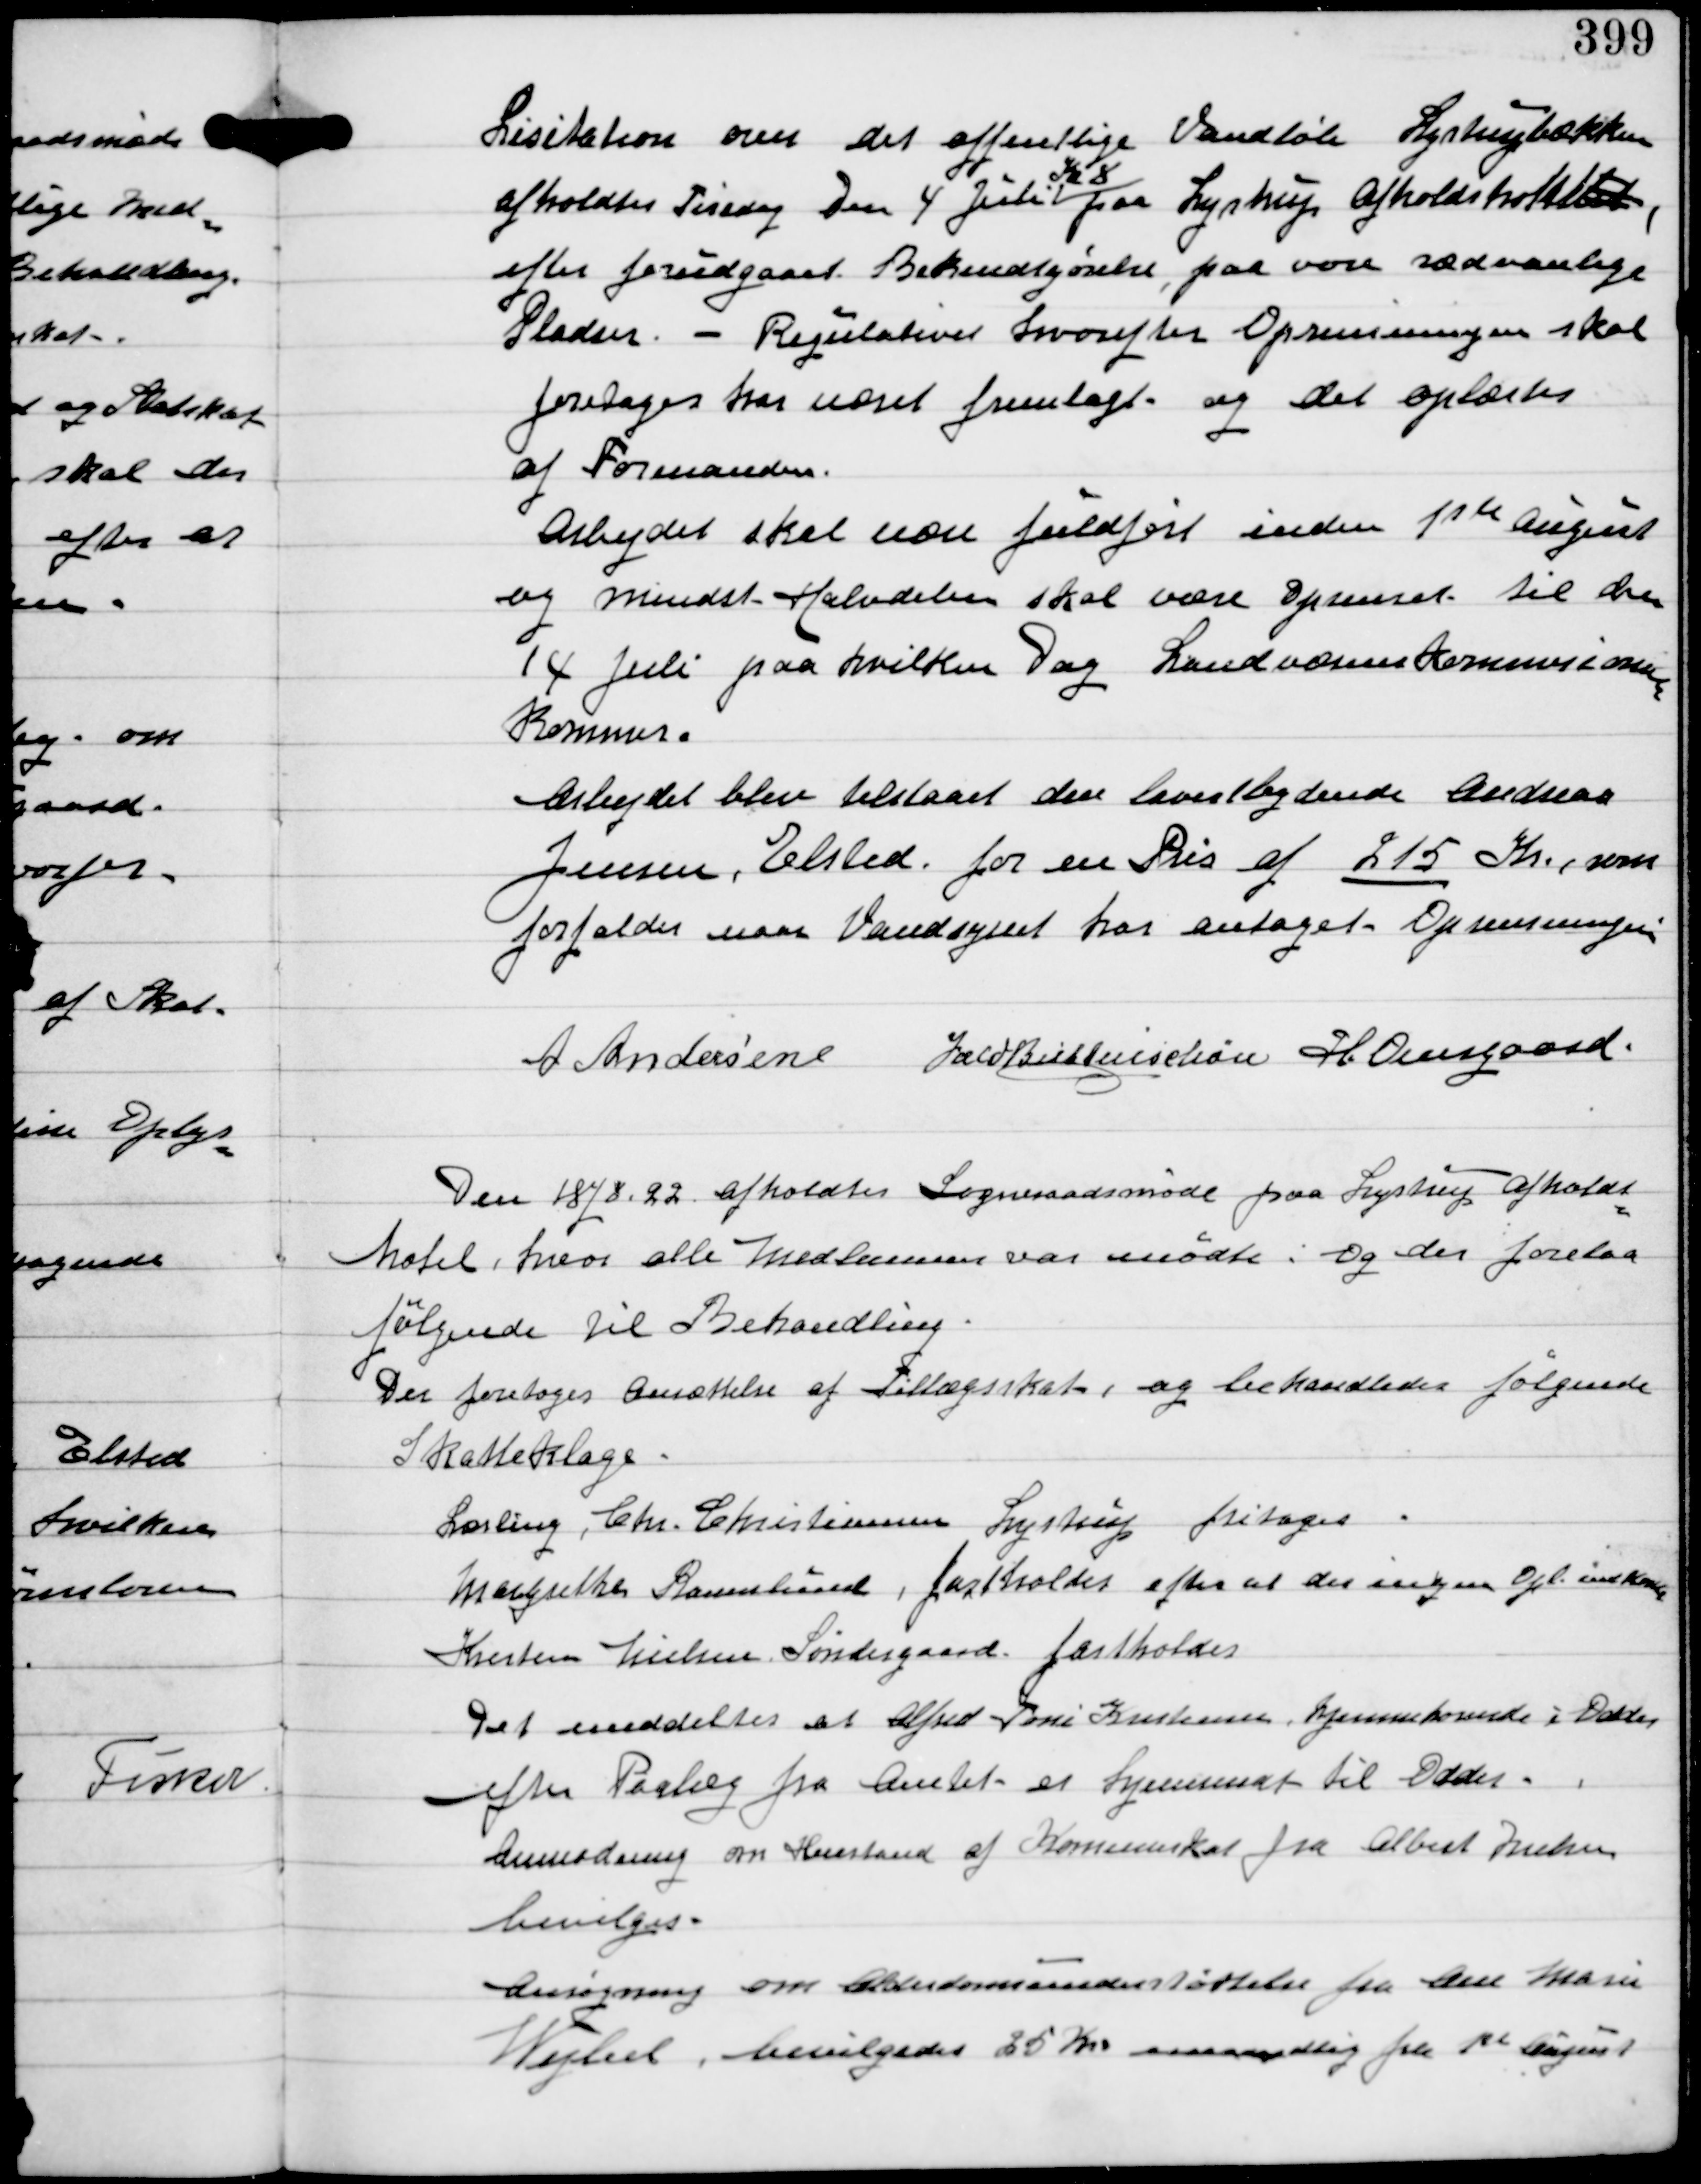
Transskription:
Licitation over det offentlige Vandløb Lystrupbækken
afholdes Tirsdag den 4 Juli
Kl 8
paa Lystrup Afholdshotel,
efter forudgaaet Bekendtgørelse, paa vore sædvanlige
Pladser. - Regulativer hvorefter Oprensningen skal
foretages har været fremlagt, og det oplæses
af Formanden.
Arbejdet skal være fuldført inden 1ste August
og mindst Halvdelen skal være oprenset til den
14 Juli paa hvilken Dag Landværnskommisionen
Kommer.
Arbejdet blev tilstaaet den lavestbydende Andreas
Jensen, Elsted for en Pris af 215 Kr, som
forfalder naar Vandsynet har antaget Oprensningen

A Andersen IFV Buttenschøn H. Overgaard

Den 18/8 22 afholdtes Sogneraadsmøde paa Lystrup afholds-
hotel, hvor alle Medlemmer var mødte. Og der forelaa
følgende til Behandling.
Der foretoges Ansættelse af Tillægsskat og behandledes følgende

Skatteklage

Lærling Chr. Christiansen, Lystrup fritages.
Margrethe Raunslund fastholdes efter at der ingen Opl indkoms
Kresten Nielsen Søndergaard fastholdes

Det meddeltes at Alfred Toni Kristensens hjemmekomune i Odder
efter Paalæg fra Amtet er hjemmesat til Odder.
Anmodning om Henstand af Komuneskat fra Albert Nielsen
bevilges.

Ansøgning om Alderdomsunderstøttelse fra Ane Marie
Wejbel, bevilligedes 25 Kr maanedlig fra 1ste August